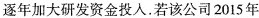
逐年加大研发资金投入。若该公司2015年